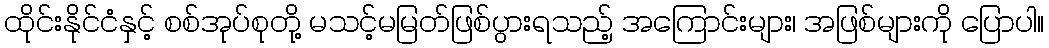
ထိုင်းနိုင်ငံနှင့် စစ်အုပ်စုတို့ မသင့်မမြတ်ဖြစ်ပွားရသည့် အကြောင်းများ၊ အဖြစ်များကို ပြောပါ။